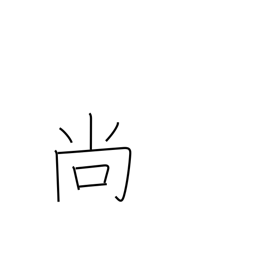
Meaning: furthermore